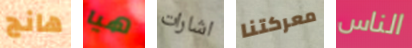
هانج هيا اشارات معركتنا الناس